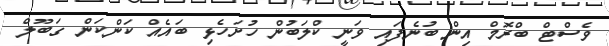
ވެސްޓް ބްރޮމް އިން ބުނެފައި ވަނީ ކްލަބުން ހުށަހެޅި ބައެއް ކަންކަން ގަބޫލް